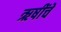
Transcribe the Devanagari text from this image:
ऋषींचें